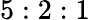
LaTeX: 5:2:1